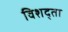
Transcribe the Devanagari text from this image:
विशद्ता